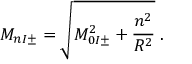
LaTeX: M _ { n I \pm } = \sqrt { M _ { 0 I \pm } ^ { 2 } + \frac { n ^ { 2 } } { R ^ { 2 } } } \; .